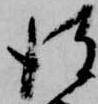
彼